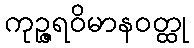
ကုဉ္ဇရဝိမာနဝတ္ထု